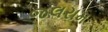
જલરામ